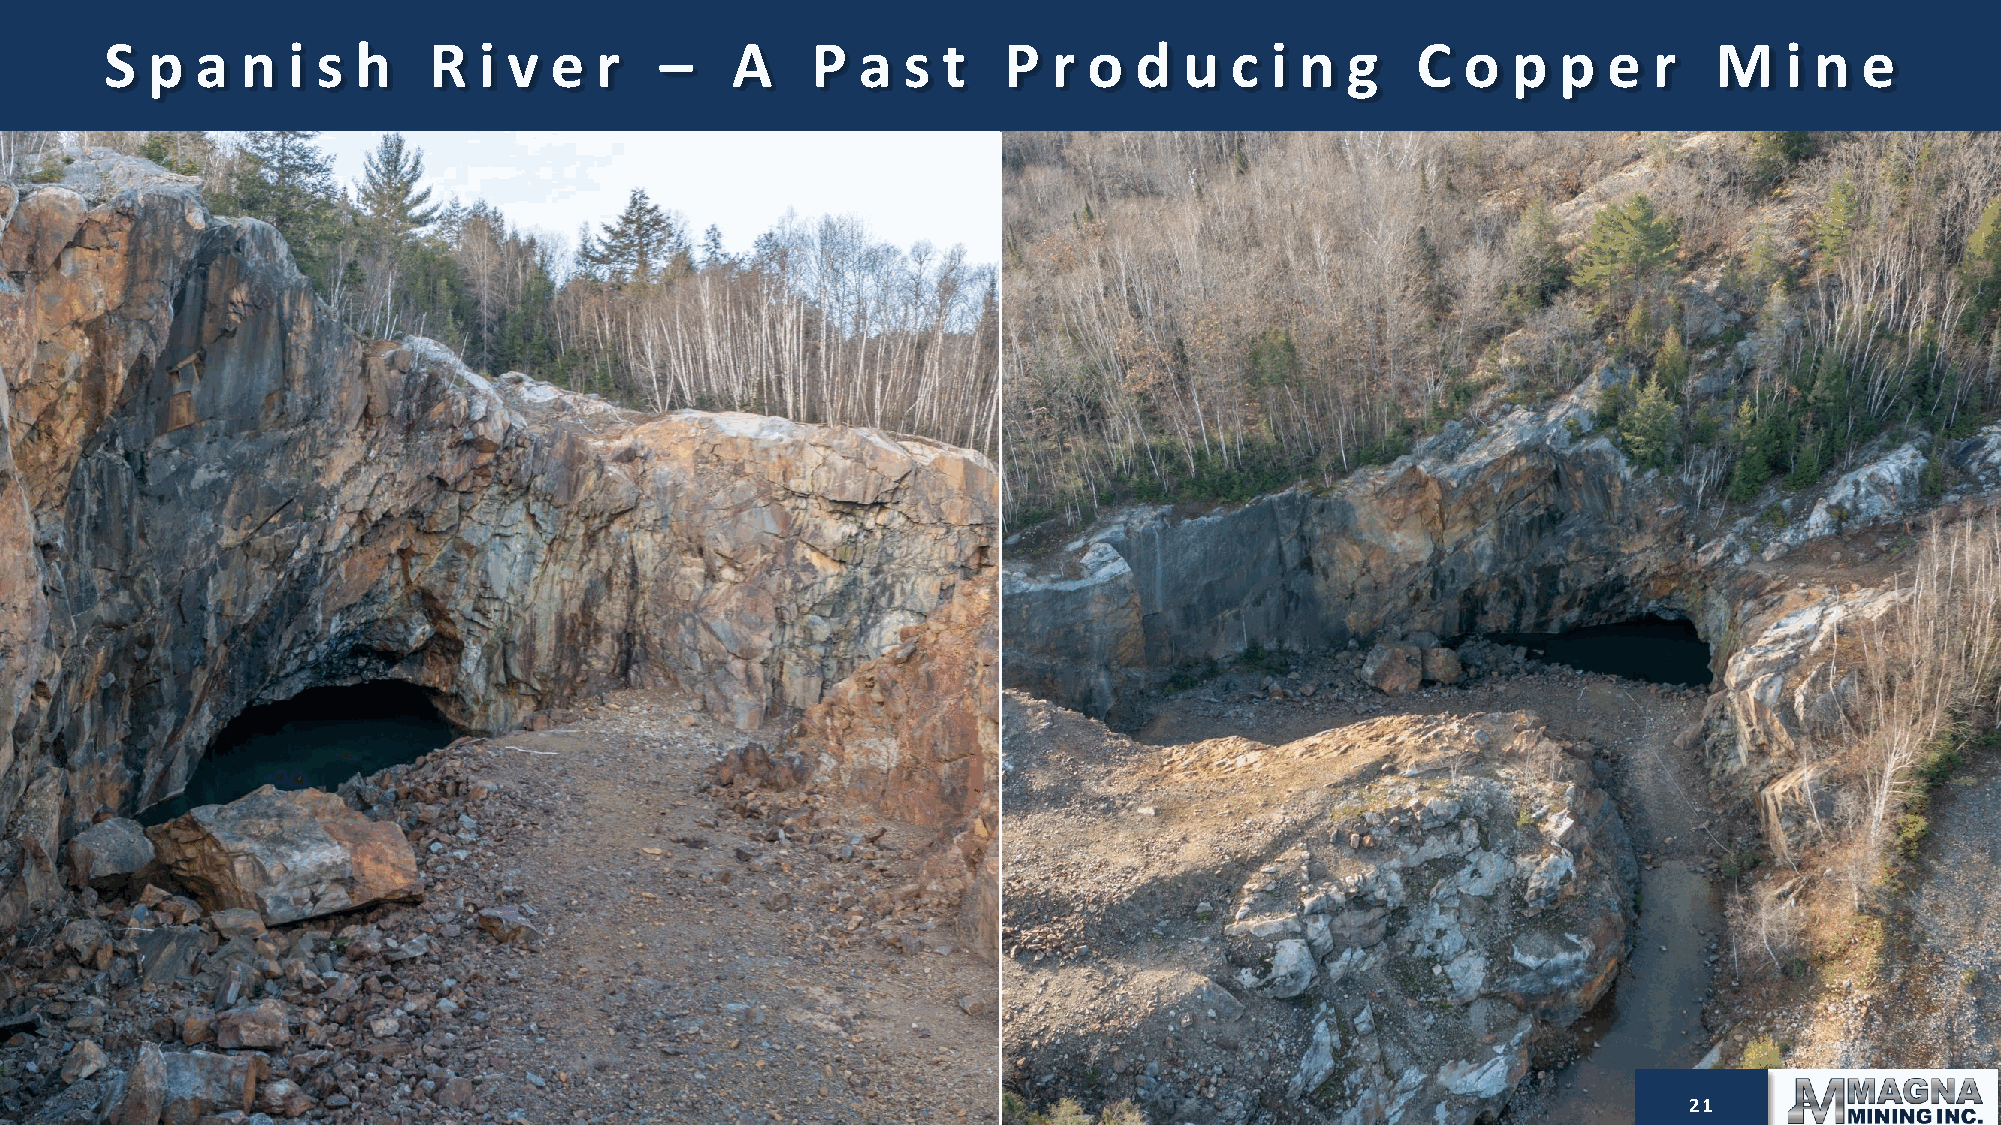
S  p  a  n  i s  h   R   i v e  r    –   A     P  a  s t   P   r o  d  u  c  i n  g    C  o  p  p  e  r   M    i n  e
 .
 22
 21